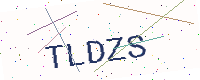
Text: TLDZS